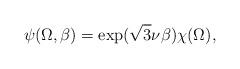
LaTeX: \begin{align*}\psi (\Omega, \beta) = {\rm exp} (\sqrt{3}\nu\beta) \chi (\Omega), \end{align*}